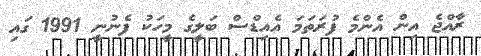
ރާއްޖެ އިން އެންމެ ފުރަތަމަ އެއިޑްސް ބަލީގެ މީހަކު ފެނުނީ 1991 ގައި